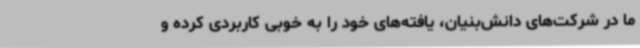
ما در شرکت‌های دانش‌بنیان، یافته‌های خود را به خوبی کاربردی کرده و